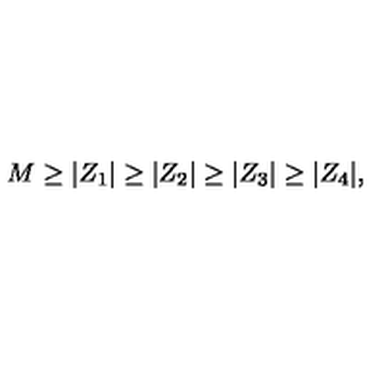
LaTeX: M \geq | Z _ { 1 } | \geq | Z _ { 2 } | \geq | Z _ { 3 } | \geq | Z _ { 4 } | ,